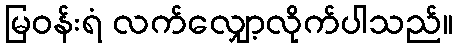
မြဝန်းရံ လက်လျှော့လိုက်ပါသည်။